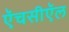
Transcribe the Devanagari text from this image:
ऍचसीऍल